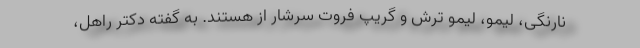
نارنگی، لیمو، لیمو ترش و گریپ فروت سرشار از هستند. به گفته دکتر راهل،